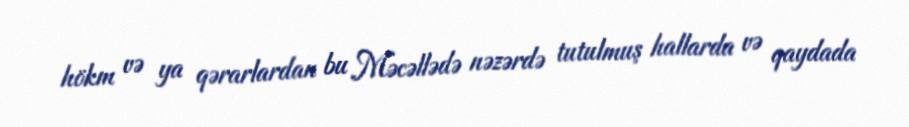
hökm və ya qərarlardan bu Məcəllədə nəzərdə tutulmuş hallarda və qaydada